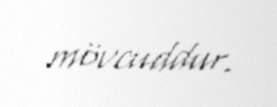
mövcuddur.